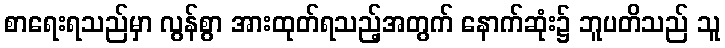
စာရေးရသည်မှာ လွန်စွာ အားထုတ်ရသည့်အတွက် နောက်ဆုံး၌ ဘူပတိသည် သူ